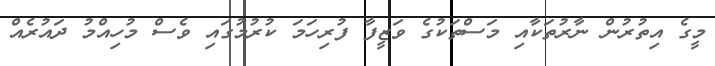
މީގެ އިތުރުން ނާރުތަކާއި މަސްތަކުގެ ވަޒީފާ ފުރިހަމަ ކުރުމުގައި ވެސް މުހިއްމު ދައުރެއް